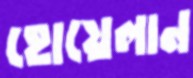
হোয়েলান